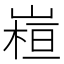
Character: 𭗁